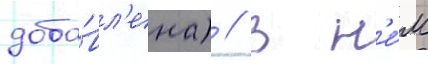
доба́вл'ена) // В н'е́м